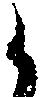
候